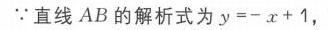
\(\because\)直线 \(AB\) 的解析式为 \(y=-x + 1\)，